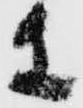
等